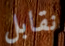
نقابل